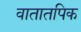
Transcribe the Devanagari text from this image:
वातातपिक